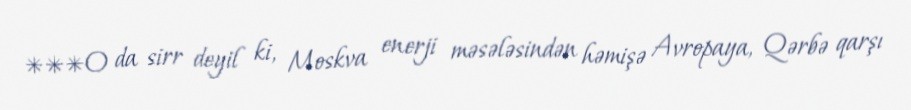
***O da sirr deyil ki, Moskva enerji məsələsindən həmişə Avropaya, Qərbə qarşı